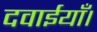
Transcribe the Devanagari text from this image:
दवाईयाँ।